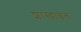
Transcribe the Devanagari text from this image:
शाखावत